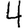
Digit: 4